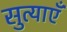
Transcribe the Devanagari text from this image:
सुत्याएँ